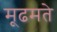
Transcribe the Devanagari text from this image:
मूढमते